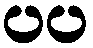
ပပ